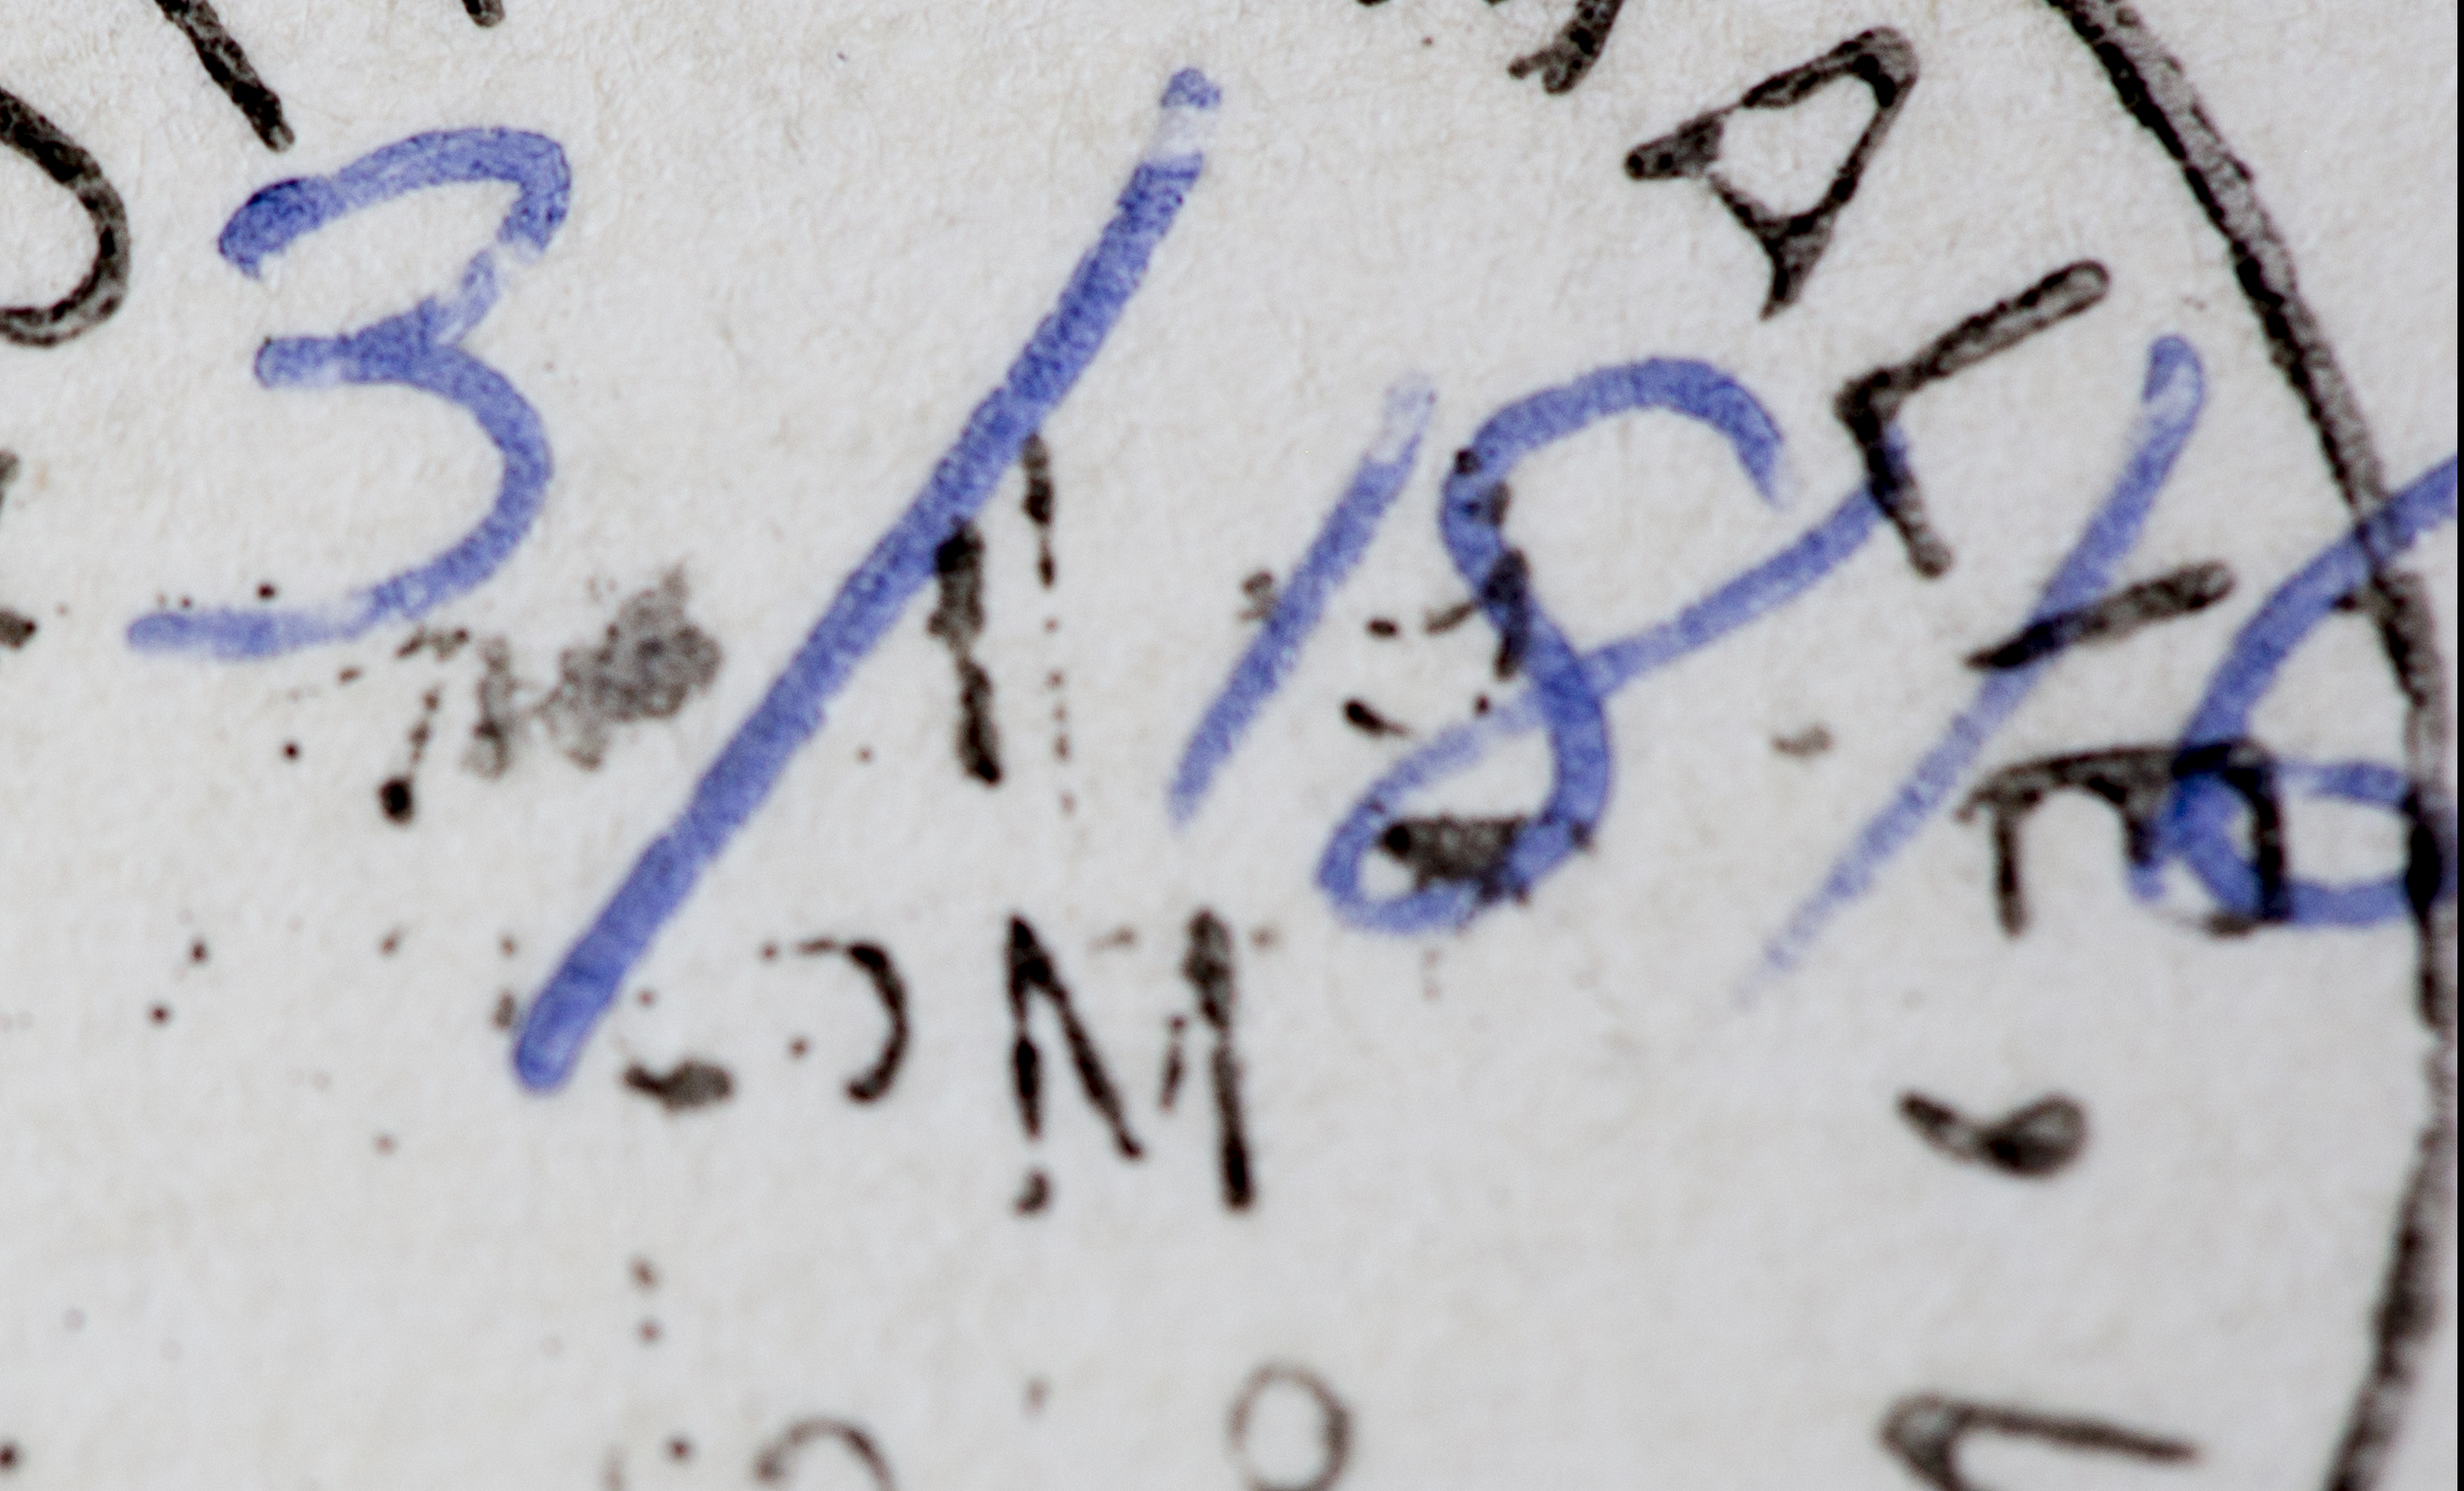
3/1816